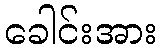
ခေါင်းအား